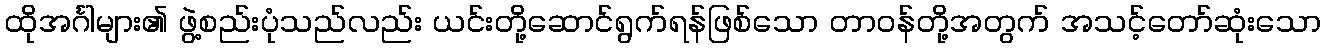
ထိုအင်္ဂါများ၏ ဖွဲ့စည်းပုံသည်လည်း ယင်းတို့ဆောင်ရွက်ရန်ဖြစ်သော တာဝန်တို့အတွက် အသင့်တော်ဆုံးသော